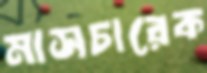
মাসচারেক